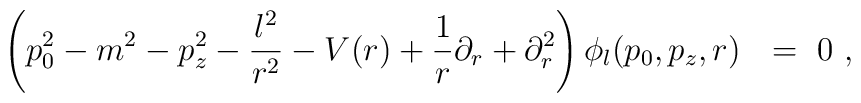
\left(p_0^2-m^2-p_z^2-\frac {l^2}{r^2}-V(r)+\frac 1r\partial_r +\partial_r^2\right)\phi_l(p_0,p_z,r)\ \ =\ 0 \ ,